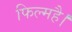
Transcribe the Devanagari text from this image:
फिल्महै।